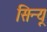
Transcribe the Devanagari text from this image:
सिन्यू